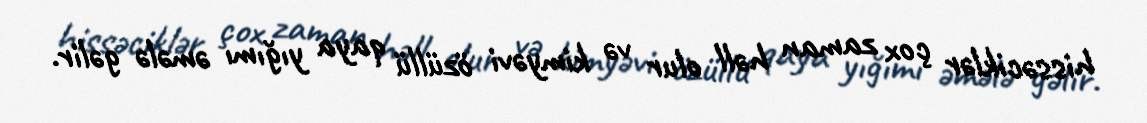
hissəciklər çox zaman həll olur və kimyəvi özüllü qaya yığımı əmələ gəlir.